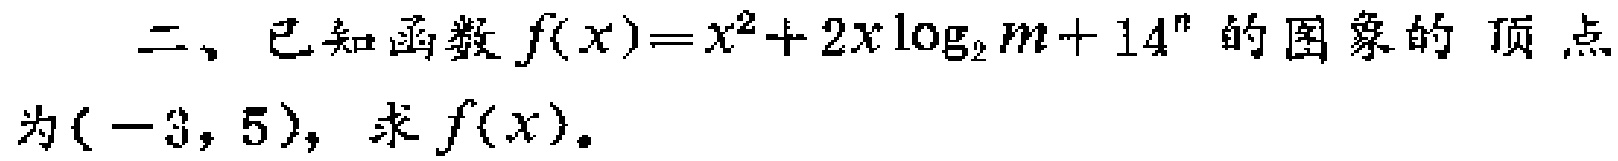
二、已知函数$f(x)=x^{2}+2x\log_{2}m + 14^{n}$的图象的顶点为$(-3,5)$，求$f(x)$。